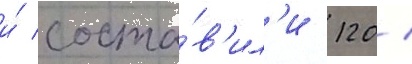
и́ соста́в'ил'и 120 /